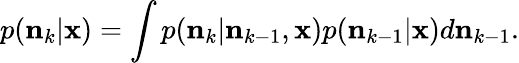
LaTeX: p(\mathbf{n}_{k}\vert\mathbf{x})=\int p(\mathbf{n}_{k}\vert\mathbf{n}_{k-1},\mathbf{x})p(\mathbf{n}_{k-1}\vert\mathbf{x})d\mathbf{n}_{k-1}.